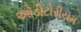
ઓડીટોરીયમ